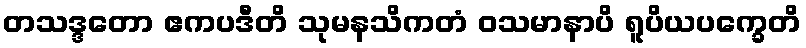
တသဒ္ဒတော ဧကပဒီတိ သုမနသိကတံ ဝသမာနာပိ ရူပိယပက္ခေတိ